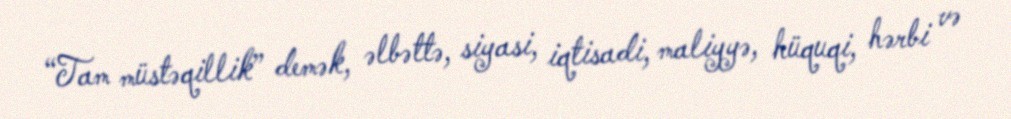
“Tam müstəqillik” demək, əlbəttə, siyasi, iqtisadi, maliyyə, hüquqi, hərbi və